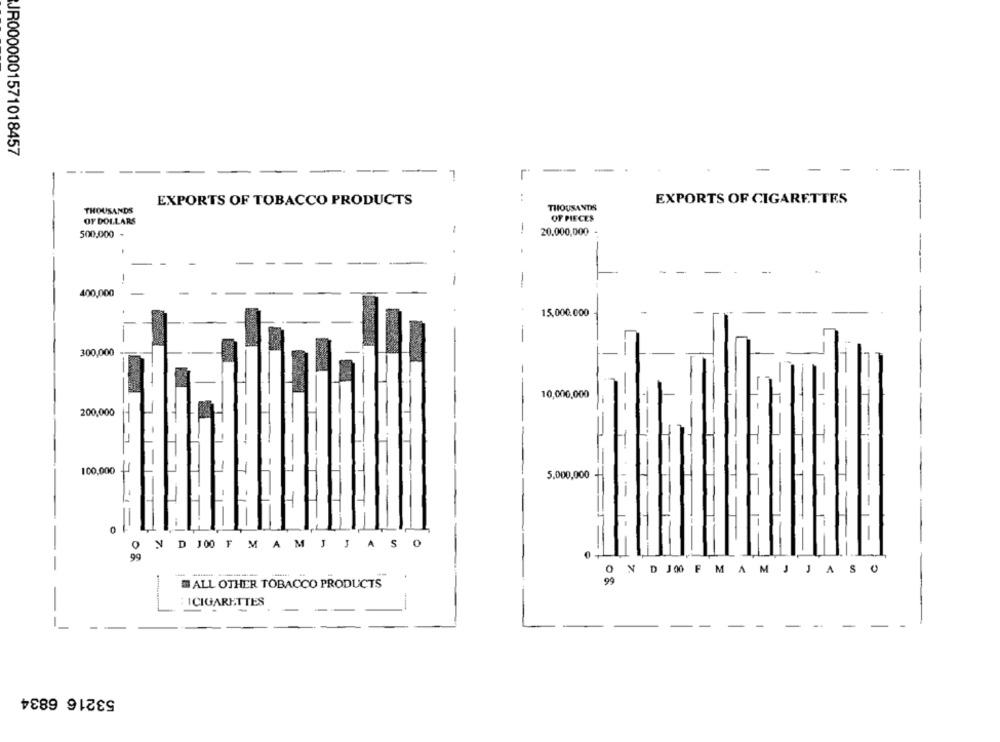
JR0000001571018457
-
-
--
EXPORTS OF TOBACCO PRODUCTS
L ..
EXPORTS OF CIGARETTES
THOUSANDS
THOUSANDS
OF DOLLARS
OF PIECES
-
-
500,000 -
20.000,000
.
-
-
400,000
15,000.000
300,000
10,000,000
200,000
100,000
5.000,000
7 ~=
-
N
D
1 00
M
A
M
J
-
A
S
0
99
-
O N D JOO F MAM J JAS O
-
ALL OTHER TOBACCO PRODUCTS
99
ICIGARETTES
-
53216 6834